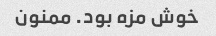
خوش مزه بود. ممنون